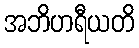
အဘိဟရီယတိ